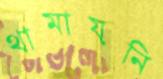
থামায়নি